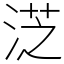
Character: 𣷸